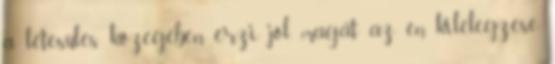
a létesülés közegében érzi jól magát az én kilélegzése